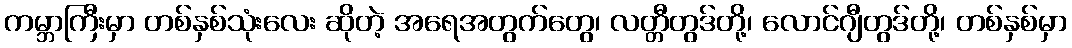
ကမ္ဘာကြီးမှာ တစ်နှစ်သုံးလေး ဆိုတဲ့ အရေအတွက်တွေ၊ လတ္တီတွဒ်တို့၊ လောင်ဂျီတွဒ်တို့၊ တစ်နှစ်မှာ